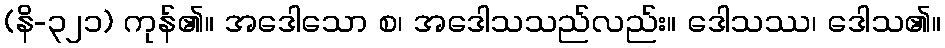
(နိ-၃၂၁) ကုန်၏။ အဒေါသော စ၊ အဒေါသသည်လည်း။ ဒေါသဿ၊ ဒေါသ၏။